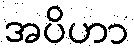
အပိဟာ